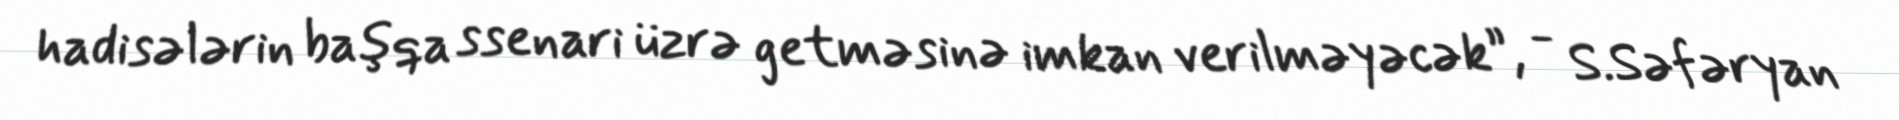
hadisələrin başqa ssenari üzrə getməsinə imkan verilməyəcək”, - S.Səfəryan